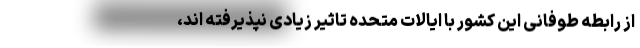
از رابطه طوفانی این کشور با ایالات متحده تاثیر زیادی نپذیرفته اند،